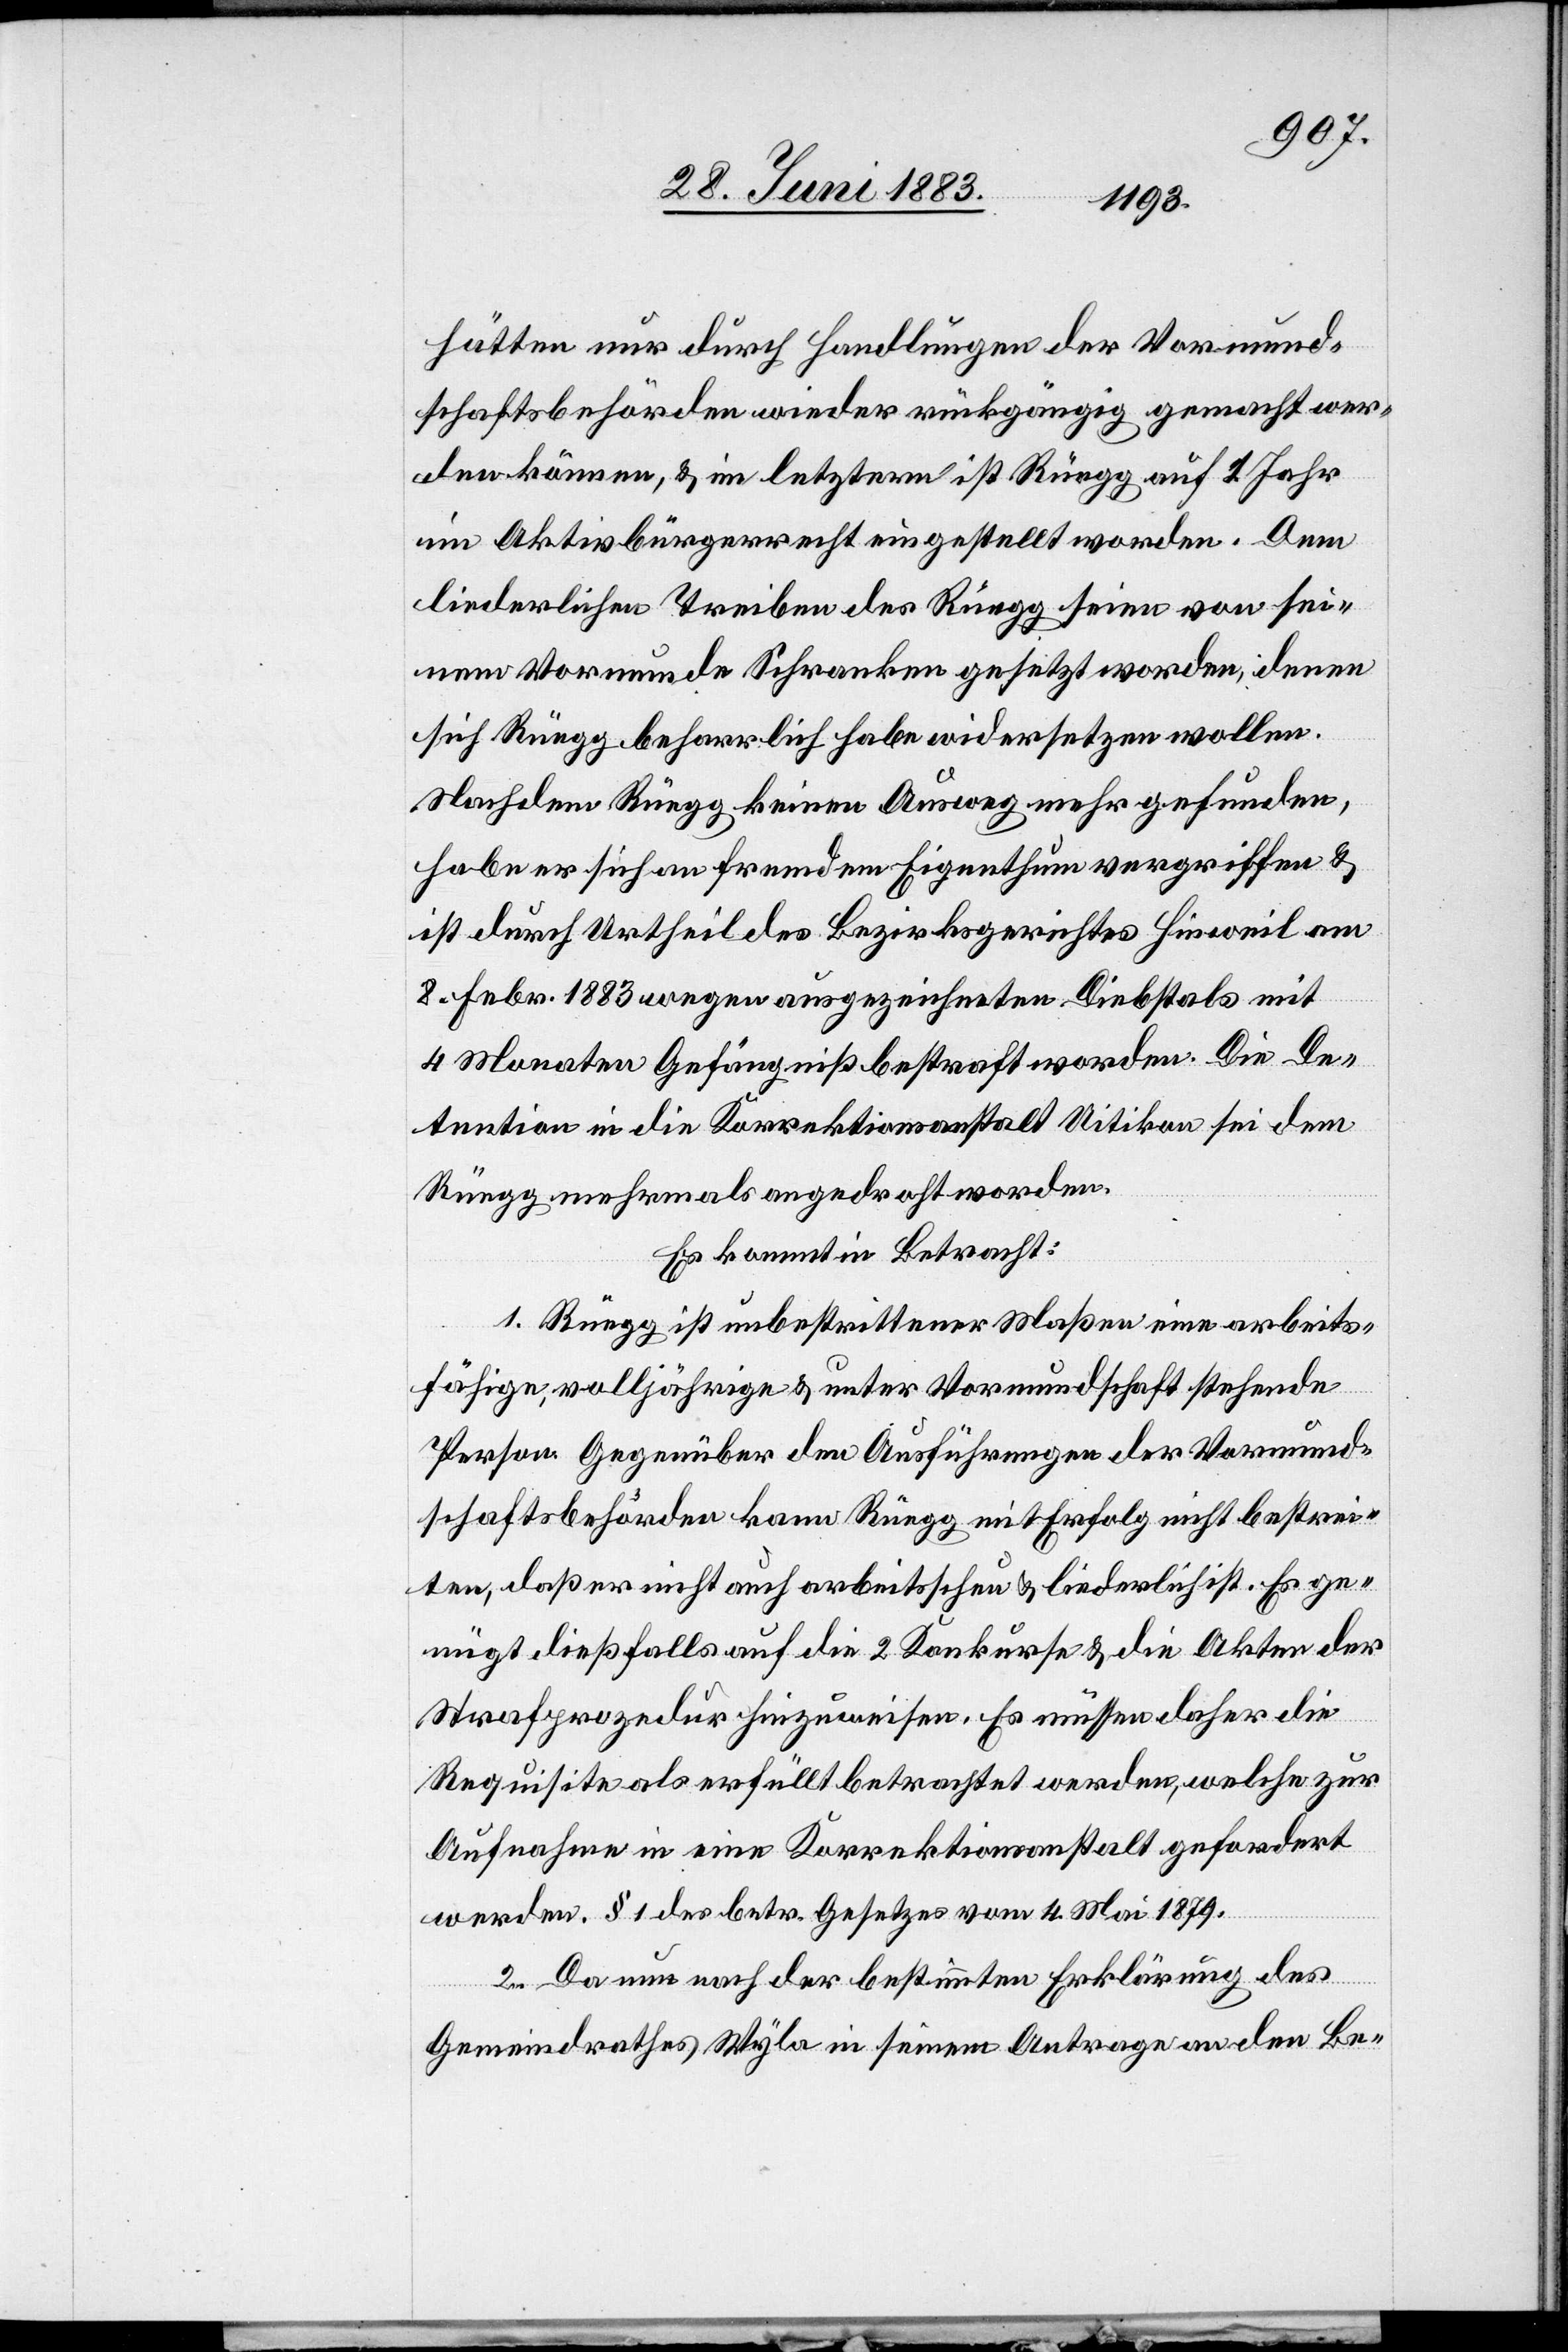
hätten nur durch Handlungen der Vormund¬
schaftsbehörden wieder rückgängig gemacht wer¬
den können, & in letztere ist Rüegg auf 1 Jahr
im Aktivbürgerrecht eingestellt worden. Dem
liederlichen Treiben des Rüegg seien von sei¬
nem Vormunde Schranken gesetzt worden, denen
sich Rüegg beharrlich habe widersetzen wollen.
Nachdem Rüegg keinen Ausweg mehr gefunden,
habe er sich an fremdem Eigenthum vergriffen &
ist durch Urtheil des Bezirksgerichtes Hinweil am
8. Febr. 1883 wegen ausgezeichneten Diebstals mit
4 Monaten Gefängniß bestraft worden. Die De¬
tention in die Korrektionsanstalt Uitikon sei dem
Rüegg mehrmals angedroht worden.
Es kommt in Betracht:
1. Rüegg ist unbestrittener Maßen eine arbeits¬
fähige, volljährige & unter Vormundschaft stehende
Person. Gegenüber den Ausführungen der Vormund¬
schaftsbehörden kann Rüegg mit Erfolg nicht bestrei¬
ten, daß er nicht auch arbeitsscheu & liederlich ist. Es ge¬
nügt dießfalls auf die 2 Konkurse & die Akten der
Strafprozedur hinzuweisen. Es müsse aber die
Requisite als erfüllt betrachtet werden, welche zur
Aufnahme in eine Korrektionsanstalt gefordert
werden. § 1 des betr. Gesetzes vom 4. Mai 1879.
2. Da nun nach der bestimmten Erklärung des
Gemeindrathes Wyla in seinem Antrage an den Be-